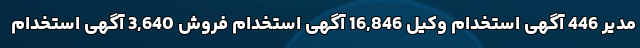
مدیر 446 آگهی استخدام وکیل 16,846 آگهی استخدام فروش 3,640 آگهی استخدام